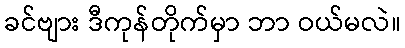
ခင်ဗျား ဒီကုန်တိုက်မှာ ဘာ ဝယ်မလဲ။